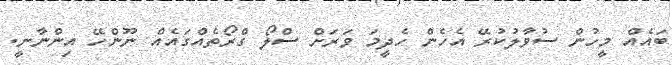
ބައެއް މީހުން ސުވާލުކުރޭ އެހެން ހެދީމަ ވަރަށް ސްލޯ ގްރޯތެއްގައެއް ނޫންހޭ އިންނާނީ.